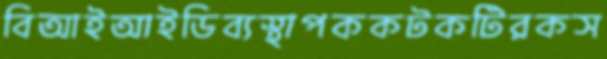
বিআইআইডিব্যস্থাপককটকটিরকস